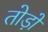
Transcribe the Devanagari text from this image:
तोड़ों